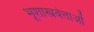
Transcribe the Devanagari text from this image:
भूशास्त्रवेत्ताओं